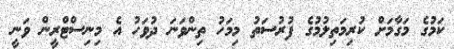
ކަމުގެ މަގާމަށް ކުރިމަތިލުމުގެ ފުރުސަތު މިމަހު ތިންވަނަ ދުވަހު އެ މިނިސްޓްރީން ވަނީ